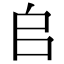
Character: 𠂤